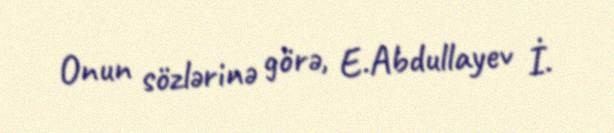
Onun sözlərinə görə, E.Abdullayev İ.